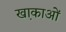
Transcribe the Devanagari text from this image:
खा़काओं